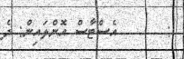
:       އެސްޓާސް އޮންލައިން: ދެ